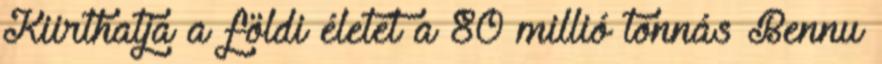
Kiirthatja a földi életet a 80 millió tonnás Bennu